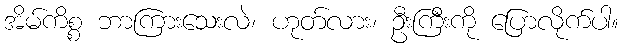
အိမ်ကိစ္စ ဘာကြားသေးလဲ၊ ဟုတ်လား၊ ဦးကြီးကို ပြောလိုက်ပါ။